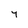
Character: y